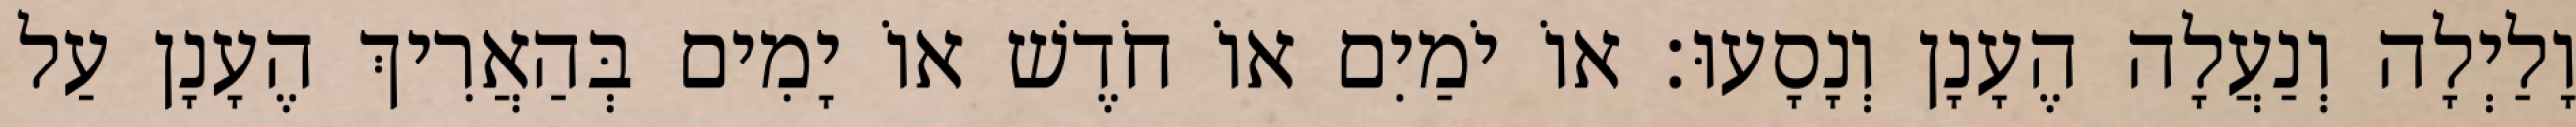
וָלַיְלָה וְנַעֲלָה הֶעָנָן וְנָסָעוּ׃ אוֹ יֹמַיִם אוֹ חֹדֶשׁ אוֹ יָמִים בְּהַאֲרִיךְ הֶעָנָן עַל